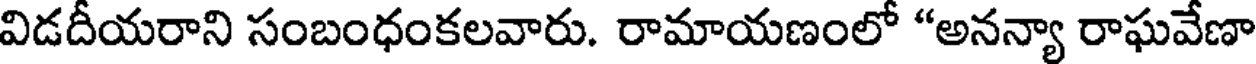
విడదీయరాని సంబంధంకలవారు. రామాయణంలో "అనన్యా రాఘవేణా